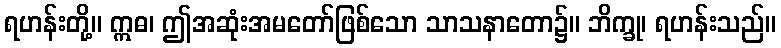
ရဟန်းတို့။ ဣဓ၊ ဤအဆုံးအမတော်ဖြစ်သော သာသနာတော၌။ ဘိက္ခု၊ ရဟန်းသည်။